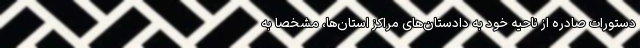
دستورات صادره از ناحیه خود به دادستان‌های مراکز استان‌ها، مشخصاً به